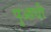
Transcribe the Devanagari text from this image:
पुआधी